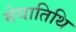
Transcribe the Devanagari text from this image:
मेघातिथि